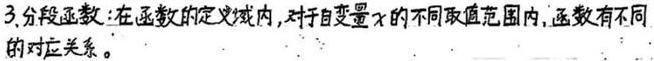
3. 分段函数：在函数的定义域内，对于自变量\(x\)的不同取值范围内，函数有不同的对应关系。